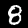
Label: 8